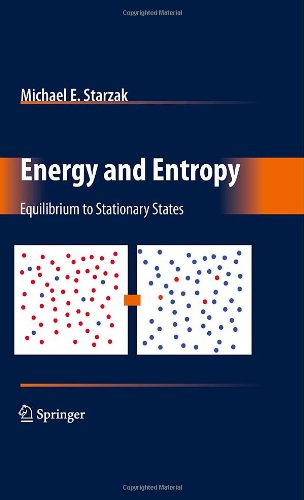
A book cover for Energy and Entropy: Equilibrium to Stationary States; Michael E. Starzak; Science & Math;